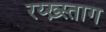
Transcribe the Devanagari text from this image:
रय्ख़्स्ताग